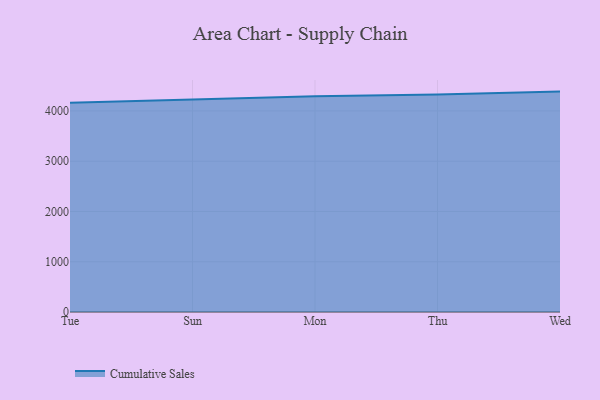
{"axis": {"x": "Day", "y": "Revenue (USD Million)"}, "legend": ["Cumulative Sales"], "data": [{"x": "Tue", "y": 4162.2, "type": "Cumulative Sales"}, {"x": "Sun", "y": 4223.7, "type": "Cumulative Sales"}, {"x": "Mon", "y": 4290.3, "type": "Cumulative Sales"}, {"x": "Thu", "y": 4324.9, "type": "Cumulative Sales"}, {"x": "Wed", "y": 4384.4, "type": "Cumulative Sales"}]}